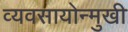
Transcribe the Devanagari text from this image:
व्यवसायोन्मुखी